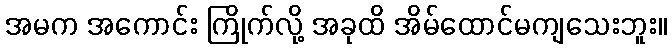
အမက အကောင်း ကြိုက်လို့ အခုထိ အိမ်ထောင်မကျသေးဘူး။